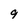
Character: 9